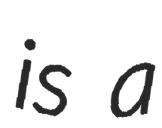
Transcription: is a